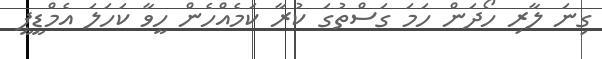
ގިނަ ލާރި ހޯދަން ހަމަ ގަސްތުގަ ކުރާ ކަމެއްހެން ހީވާ ކަހަލަ އެމްޑީޕީ